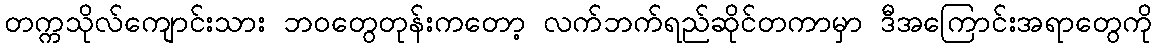
တက္ကသိုလ်ကျောင်းသား ဘဝတွေတုန်းကတော့ လက်ဘက်ရည်ဆိုင်တကာမှာ ဒီအကြောင်းအရာတွေကို